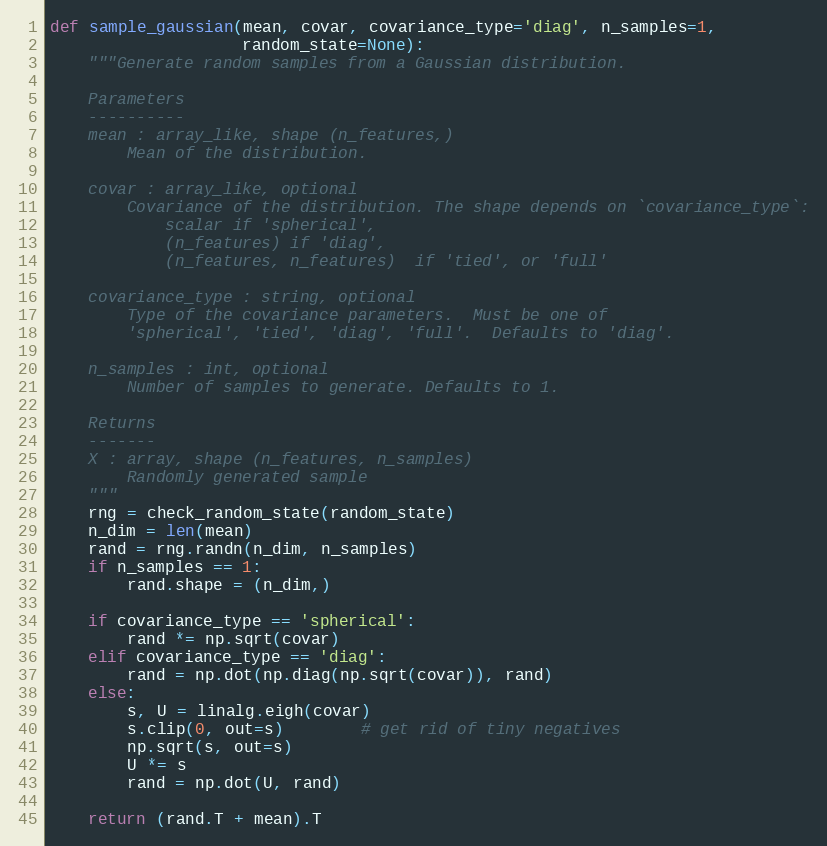
Language: Python
def sample_gaussian(mean, covar, covariance_type='diag', n_samples=1,
                    random_state=None):
    """Generate random samples from a Gaussian distribution.

    Parameters
    ----------
    mean : array_like, shape (n_features,)
        Mean of the distribution.

    covar : array_like, optional
        Covariance of the distribution. The shape depends on `covariance_type`:
            scalar if 'spherical',
            (n_features) if 'diag',
            (n_features, n_features)  if 'tied', or 'full'

    covariance_type : string, optional
        Type of the covariance parameters.  Must be one of
        'spherical', 'tied', 'diag', 'full'.  Defaults to 'diag'.

    n_samples : int, optional
        Number of samples to generate. Defaults to 1.

    Returns
    -------
    X : array, shape (n_features, n_samples)
        Randomly generated sample
    """
    rng = check_random_state(random_state)
    n_dim = len(mean)
    rand = rng.randn(n_dim, n_samples)
    if n_samples == 1:
        rand.shape = (n_dim,)

    if covariance_type == 'spherical':
        rand *= np.sqrt(covar)
    elif covariance_type == 'diag':
        rand = np.dot(np.diag(np.sqrt(covar)), rand)
    else:
        s, U = linalg.eigh(covar)
        s.clip(0, out=s)        # get rid of tiny negatives
        np.sqrt(s, out=s)
        U *= s
        rand = np.dot(U, rand)

    return (rand.T + mean).T